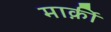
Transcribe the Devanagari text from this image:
मार्क़ी